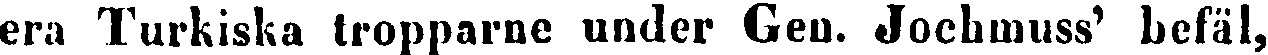
era Turkiska tropparne under Gen. Jochmuss' befäl,